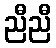
ညီညီ